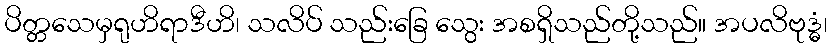
ပိတ္တသေမှရုဟိရာဒီဟိ၊ သလိပ် သည်းခြေ သွေး အစရှိသည်တို့သည်။ အပလိဗုဒ္ဓံ၊